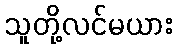
သူတို့လင်မယား